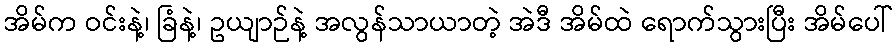
အိမ်က ဝင်းနဲ့၊ ခြံနဲ့၊ ဥယျာဉ်နဲ့ အလွန်သာယာတဲ့ အဲဒီ အိမ်ထဲ ရောက်သွားပြီး အိမ်ပေါ်